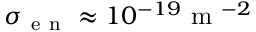
\sigma _ { \mathrm { ~ e ~ n ~ } } \approx 1 0 ^ { - 1 9 } \mathrm { ~ m ~ } ^ { - 2 }